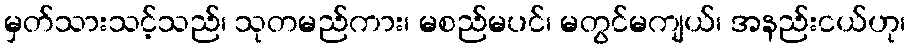
မှတ်သားသင့်သည်၊ သုတမည်ကား၊ မစည်မပင်၊ မတွင်မကျယ်၊ အနည်းငယ်ဟု၊